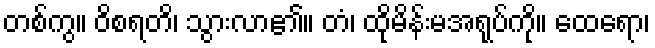
တစ်ကွ။ ဝိစရတိ၊ သွားလာ၏။ တံ၊ ထိုမိန်းမအရုပ်ကို။ ထေရော၊